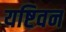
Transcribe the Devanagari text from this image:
यष्टिवन